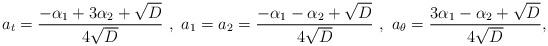
LaTeX: \begin{align*}a_t = \frac{- \alpha_1 + 3 \alpha_2 + \sqrt{D}}{4 \sqrt{D}} \ , \ a_1 = a_2 = \frac{- \alpha_1 - \alpha_2 + \sqrt{D}}{4 \sqrt{D}} \ , \ a_{\theta} = \frac{3 \alpha_1 - \alpha_2 + \sqrt{D}}{4 \sqrt{D}} ,\end{align*}